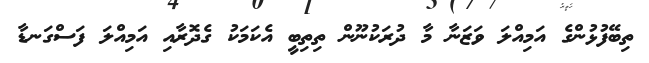
ތިބޭފުޅުންގެ އަމިއްލަ ވަޒަނާ މާ ދުރަކުނޫން ތިތިބީ އެކަމަކު ގެދޮރާއި އަމިއްލަ ފަސްގަނޑާ